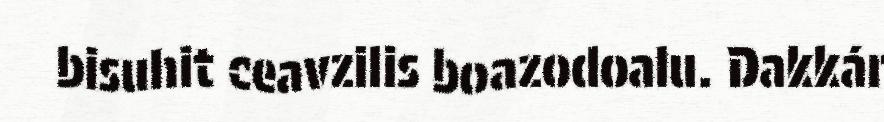
bisuhit ceavzilis boazodoalu. Dakkár